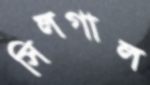
সিলগাল